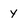
Character: y